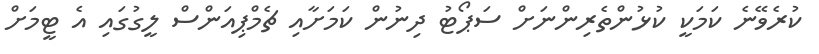
ކުރެވޭނެ ކަމަކީ ކުޅުންތެރިންނަށް ސަޕޯޓު ދިނުން ކަމަށާއި ޗެމްޕިއަންސް ލީގުގައި އެ ޓީމަށް